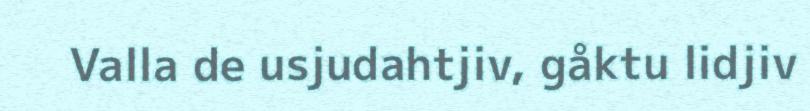
Valla de usjudahtjiv, gåktu lidjiv